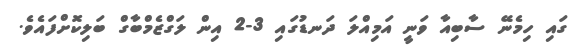
ގައި ހިމެނޭ ސާބިއާ ވަނީ އަމިއްލަ ދަނޑުގައި 3-2 އިން ލަގްޒެމްބާގް ބަލިކޮށްފައެވެ.